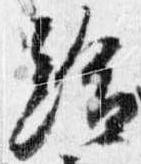
給